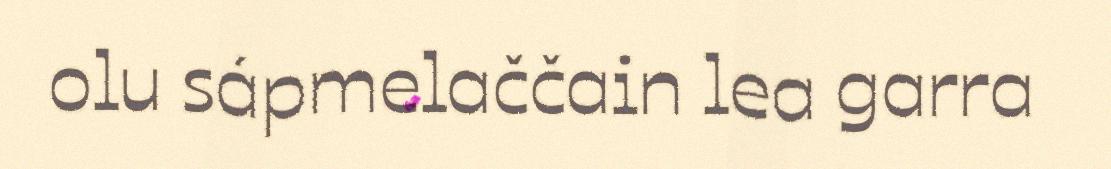
olu sápmelaččain lea garra